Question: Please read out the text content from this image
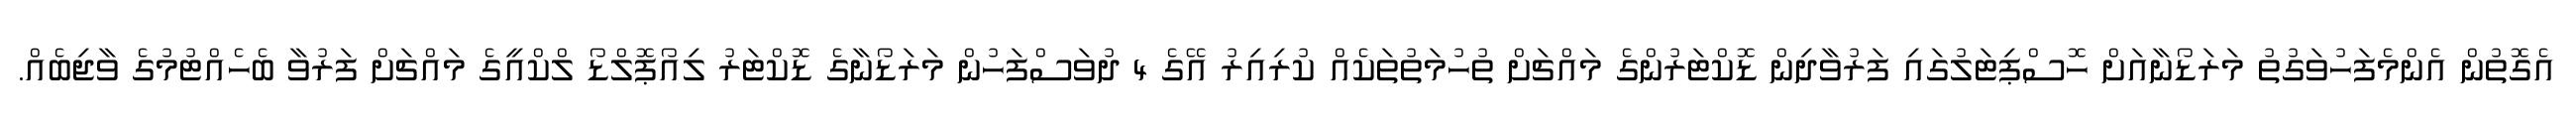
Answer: އެގޮތުން އެންމެފަހުވަގުތު މަރަޑޯނާއަށް ހޮސްޕިޓަލުގައި ފަރުވާދިން ޑޮކްޓަރުންގެ މައްޗަށް ތުހުމަތުތަކެއް ކުރިއިރު އޭގެ 4 ދުވަސްފަހުން މަރަޑޯނާގެ ޑޮކްޓަރު ލިއޯޕޮލްޑޯ ލްކްއީގެ މައްޗަށް ފަރުވާ ބެހެއްޓުމުގެ ވާޖިބެއް.